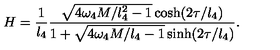
H = \frac { 1 } { l _ { 4 } } \frac { \sqrt { 4 \omega _ { 4 } M / l _ { 4 } ^ { 2 } - 1 } \cosh ( 2 \tau / l _ { 4 } ) } { 1 + \sqrt { 4 \omega _ { 4 } M / l _ { 4 } - 1 } \sinh ( 2 \tau / l _ { 4 } ) } .